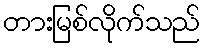
တားမြစ်လိုက်သည်